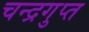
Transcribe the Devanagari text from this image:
चन्द्रगुप्त